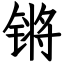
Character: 锵